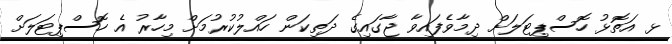
ޅ އަތޮޅު ހޮސްޕިޓަލަށް ދިމާވެފައިވާ ޖާގައިގެ ދަތިކަން ހައްލުކުރުމަށް މިހާރު އެ ހޮސްޕިޓަލަށް